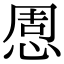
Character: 𢛇